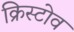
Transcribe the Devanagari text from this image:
क्रिस्टोव